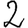
Digit: 2